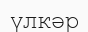
үлкәр